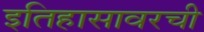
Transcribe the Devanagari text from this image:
इतिहासावरची